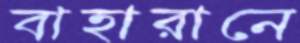
বাহারানে